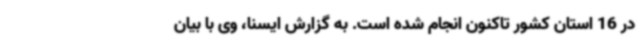
در 16 استان کشور تاکنون انجام شده است. به گزارش ایسنا، وی با بیان